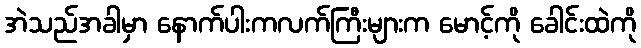
အဲသည်အခါမှာ နောက်ပါးကလက်ကြီးများက မောင့်ကို ခေါင်းထဲကို